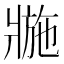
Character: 𤖌